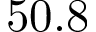
5 0 . 8